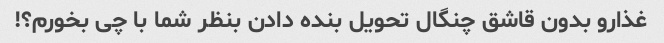
غذارو بدون قاشق چنگال تحویل بنده دادن بنظر شما با چی بخورم؟!